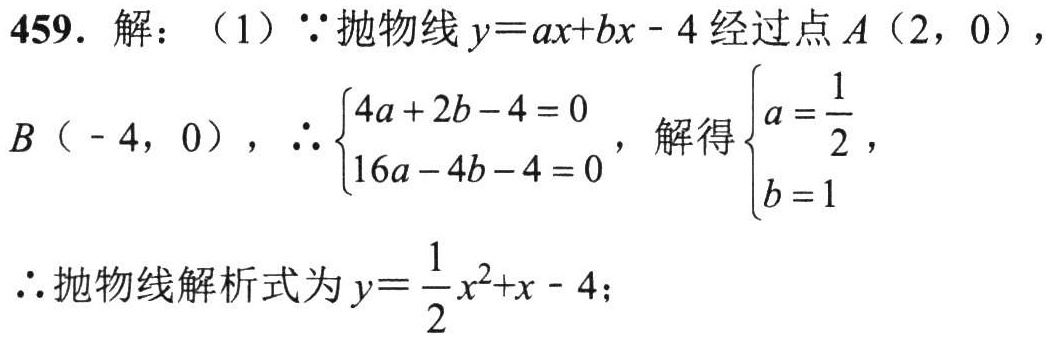
459. 解：（1）$\because$抛物线$y = ax + bx - 4$经过点$A(2,0)$，$B(-4,0)$，$\therefore\begin{cases}4a + 2b - 4 = 0\\16a - 4b - 4 = 0\end{cases}$，解得$\begin{cases}a=\dfrac{1}{2}\\b = 1\end{cases}$
$\therefore$抛物线解析式为$y=\dfrac{1}{2}x^{2}+x - 4$；